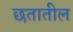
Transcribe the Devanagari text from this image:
छतातील